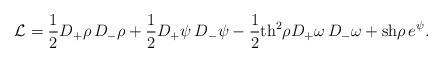
LaTeX: \begin{align*}{\cal L} = \frac{1}{2}D_+\rho\,D_-\rho+\frac{1}{2}D_+\psi\,D_-\psi - \frac{1}{2}\mbox{th}^2 \rho D_+\omega\,D_-\omega +\mbox{sh}\rho\,e^{\psi}.\end{align*}